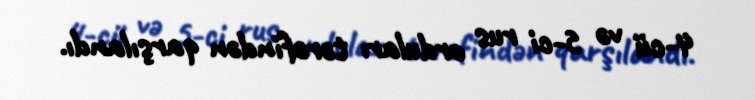
4-cü və 5-ci rus orduları tərəfindən qarşılandı.